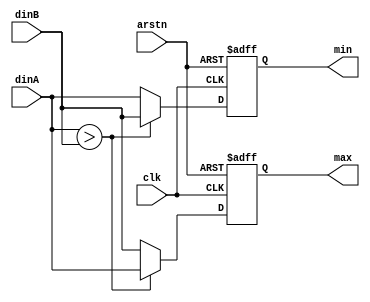
module comparer2 #(
    parameter DATA_WIDTH = 8
)(clk,arstn,dinA,dinB,max,min);
input clk;
input arstn;
input [DATA_WIDTH-1:0]dinA;
input [DATA_WIDTH-1:0]dinB;
output [DATA_WIDTH-1:0]max;
output [DATA_WIDTH-1:0]min;
reg [DATA_WIDTH-1:0]max_reg;
reg [DATA_WIDTH-1:0]min_reg;

assign max = max_reg;
assign min = min_reg;
always@(posedge clk or negedge arstn)
    begin
        if(~arstn)
            begin
                max_reg <= 0;
                min_reg <= 0;
            end
        else
            begin
                if(dinA > dinB)
                    begin
                        max_reg <= dinA;
                        min_reg <= dinB;
                    end
                else
                    begin
                        max_reg <= dinB;
                        min_reg <= dinA;
                    end
            end
    end
endmodule